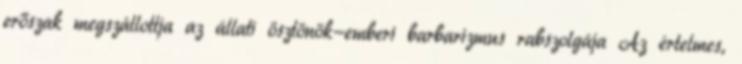
erőszak megszállottja az állati ösztönök-emberi barbarizmus rabszolgája Az értelmes,